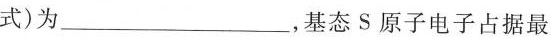
式)为________，基态S原子电子占据最